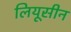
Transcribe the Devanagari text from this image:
लियूसीन